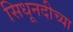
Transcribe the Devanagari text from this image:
सिधूनदीच्या